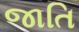
જાતિ